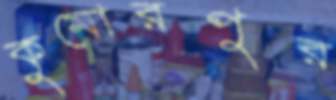
কুমোরপুর